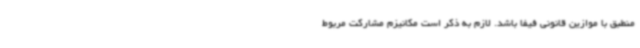
منطبق با موازین قانونی فیفا باشد. لازم به ذکر است مکانیزم مشارکت مربوط